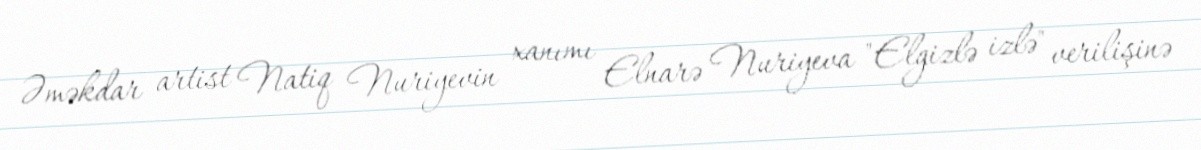
Əməkdar artist Natiq Nuriyevin xanımı Elnarə Nuriyeva "Elgizlə izlə" verilişinə